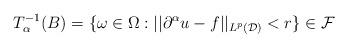
LaTeX: \begin{align*} T_{\alpha}^{-1}(B) = \{\omega\in \Omega : ||\partial^{\alpha}u-f||_{L^p(\mathcal{D})} < r \} \in \mathcal{F}\end{align*}